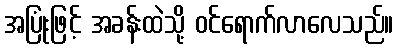
အပြုံးဖြင့် အခန်းထဲသို့ ဝင်ရောက်လာလေသည်။